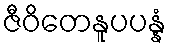
ဇီဝိတေနူပပန္နံ